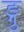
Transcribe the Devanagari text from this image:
ङ्गु